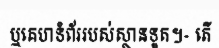
ឬគេហទំព័ររបស់ស្ថានទូត។- តើ